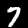
Label: 7